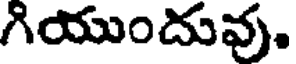
గియుందువు.